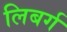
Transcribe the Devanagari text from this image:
लिबर्ग